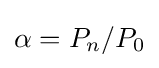
\alpha =P_{n}/P_{0}